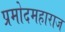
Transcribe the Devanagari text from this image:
प्रमोदमहाराज